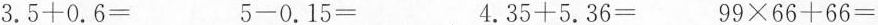
$$3 . 5 + 0 . 6 =$$ $$5 - 0 . 1 5 =$$ $$4 . 3 5 + 5 . 3 6 =$$ $$9 9 \times 6 6 + 6 6 =$$